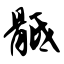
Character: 骶